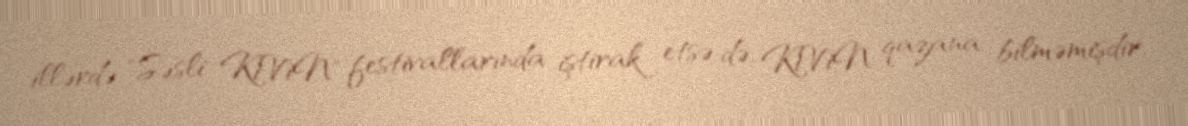
illərdə "Səsli KiViN" festivallarında iştirak etsə də, KiViN qazana bilməmişdir.